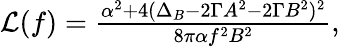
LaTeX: \begin{array}{r}{\mathcal{L}(f)=\frac{\alpha^{2}+4(\Delta_{B}-2\Gamma A^{2}-2\Gamma B^{2})^{2}}{8\pi\alpha f^{2}B^{2}},}\end{array}